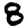
Digit: 8